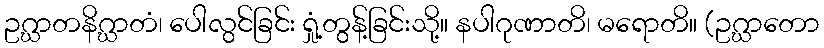
ဥဂ္ဃာတနိဂ္ဃာတံ၊ ပေါလွင်ခြင်း ရှုံ့တွန့်ခြင်းသို့။ နပါဂုဏာတိ၊ မရောတိ။ (ဥဂ္ဃာတော